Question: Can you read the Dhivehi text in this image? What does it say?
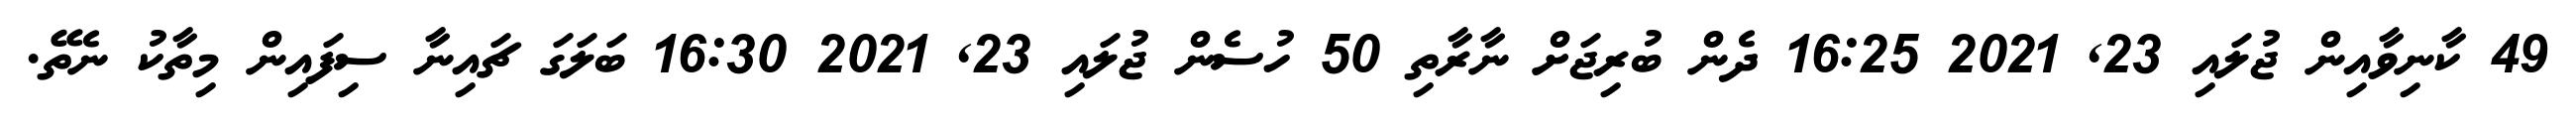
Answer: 49 ކާނިވާއިން ޖުލައި 23, 2021 16:25 ދެން ބުރިޖަށް ނާރާތި 50 ހުސެން ޖުލައި 23, 2021 16:30 ބަލަގަ ޗައިނާ ސިފައިން މިތާކު ނެތޭ.